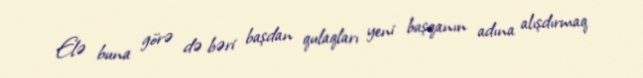
Elə buna görə də bəri başdan qulaqları yeni başqanın adına alışdırmaq